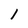
Character: 1